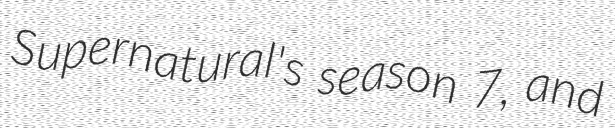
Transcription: Supernatural's season 7, and